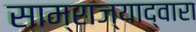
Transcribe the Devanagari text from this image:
साम्राज्याद्वारा